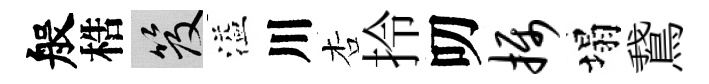
般梏笈溢川杏拎叨摄塌鵞